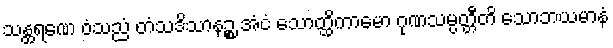
သန္ထရဏေ ဝံသညံ တံသဒိသာနဉ္စ အံငံ သောတ္ထိကာမော ဂုဏသမ္ပတ္တီတိ သောဘယမာနံ